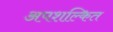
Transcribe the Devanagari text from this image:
अपशल्कित